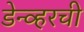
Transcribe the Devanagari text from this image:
डेन्व्हरची